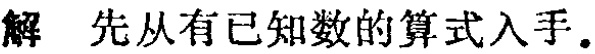
解 先从有已知数的算式入手.